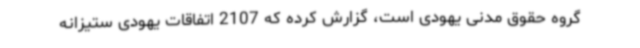
گروه حقوق مدنی یهودی است، گزارش کرده که 2107 اتفاقات یهودی ستیزانه